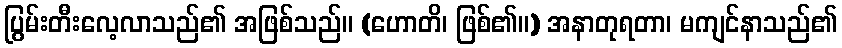
ပြွမ်းတီးလေ့လာသည်၏ အဖြစ်သည်။ (ဟောတိ၊ ဖြစ်၏။) အနာတုရတာ၊ မကျင်နာသည်၏